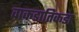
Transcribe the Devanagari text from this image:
वाकडातिकडा